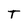
Character: T